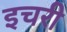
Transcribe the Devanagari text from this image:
इचरी